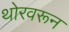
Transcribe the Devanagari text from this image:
थोरवरून